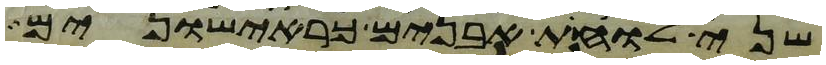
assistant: שני לוחת אבנים כראישונים